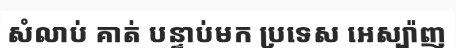
សំលាប់ គាត់ បន្ទាប់មក ប្រទេស អេស្ប៉ាញ